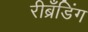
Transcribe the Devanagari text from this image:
रीब्रॅंडिंग